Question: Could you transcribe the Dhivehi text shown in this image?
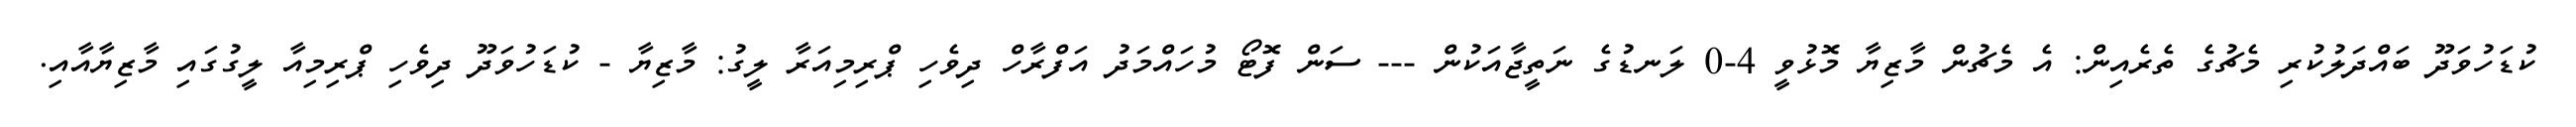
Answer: ކުޑަހުވަދޫ ބައްދަލުކުރި މެޗުގެ ތެރެއިން: އެ މެޗުން މާޒިޔާ މޮޅުވީ 4-0 ލަނޑުގެ ނަތީޖާއަކުން --- ސަން ފޮޓޯ މުހައްމަދު އަފްރާހް ދިވެހި ޕްރިމިއަރާ ލީގު: މާޒިޔާ - ކުޑަހުވަދޫ ދިވެހި ޕްރިމިއާ ލީގުގައި މާޒިޔާއާއި.